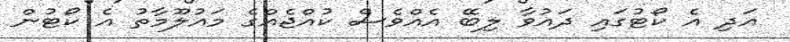
އަދި އެ ކޯޓުގައި ދައުވާ ލިބޭ އެއްވެސް ކުއްޖެއްގެ މައުލޫމާތު އެ ކޯޓުން